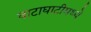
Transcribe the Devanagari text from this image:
वाटाघाटीमध्ये